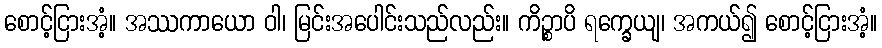
စောင့်ငြားအံ့။ အဿကာယော ဝါ၊ မြင်းအပေါင်းသည်လည်း။ ကိဉ္စာပိ ရက္ခေယျ၊ အကယ်၍ စောင့်ငြားအံ့။